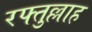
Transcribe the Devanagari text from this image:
रफ्तुल्लाह